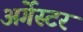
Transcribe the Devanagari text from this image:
अर्गेस्टर